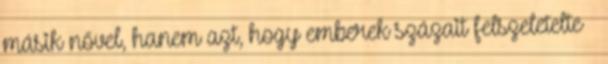
másik nővel, hanem azt, hogy emberek százait felszeletelte